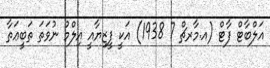
އަލްބާޓް ފާޓް (އ.މާރޗް 7 1938) އަކީ ފީޒިޔާއީ އިލްމު ނުވަތަ ތަބީޢަތާ